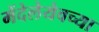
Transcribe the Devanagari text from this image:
मेंदेलेयेवच्या